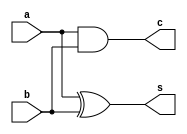
`timescale 1ns / 1ps
//////////////////////////////////////////////////////////////////////////////////
// Company: 
// Engineer: 
// 
// Design Name: 
// Module Name: HalfAdder
// Project Name: 
// Target Devices: 
// Tool Versions: 
// Description: 
// 
// Dependencies: 
// 
// Revision:
// Revision 0.01 - File Created
// Additional Comments:
// 
//////////////////////////////////////////////////////////////////////////////////


module HalfAdder(a, b, c, s);
    input a, b ;
    output c, s ;
    wire s = a ^ b ;
    wire c = a & b ;
endmodule